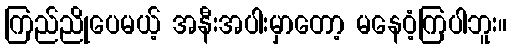
ကြည်ညိုပေမယ့် အနီးအပါးမှာတော့ မနေဝံ့ကြပါဘူး။